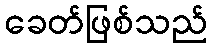
ခေတ်ဖြစ်သည်